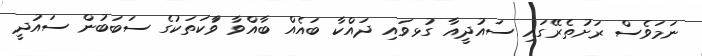
ނަމަވެސް ރަށުތެރޭގައި ސައުދީއާ ގުޅވައި ދައްކާ ބައެއް ބާއްވާ ވާަކަތަކުގެ ސަބަބުން ސައުދީ